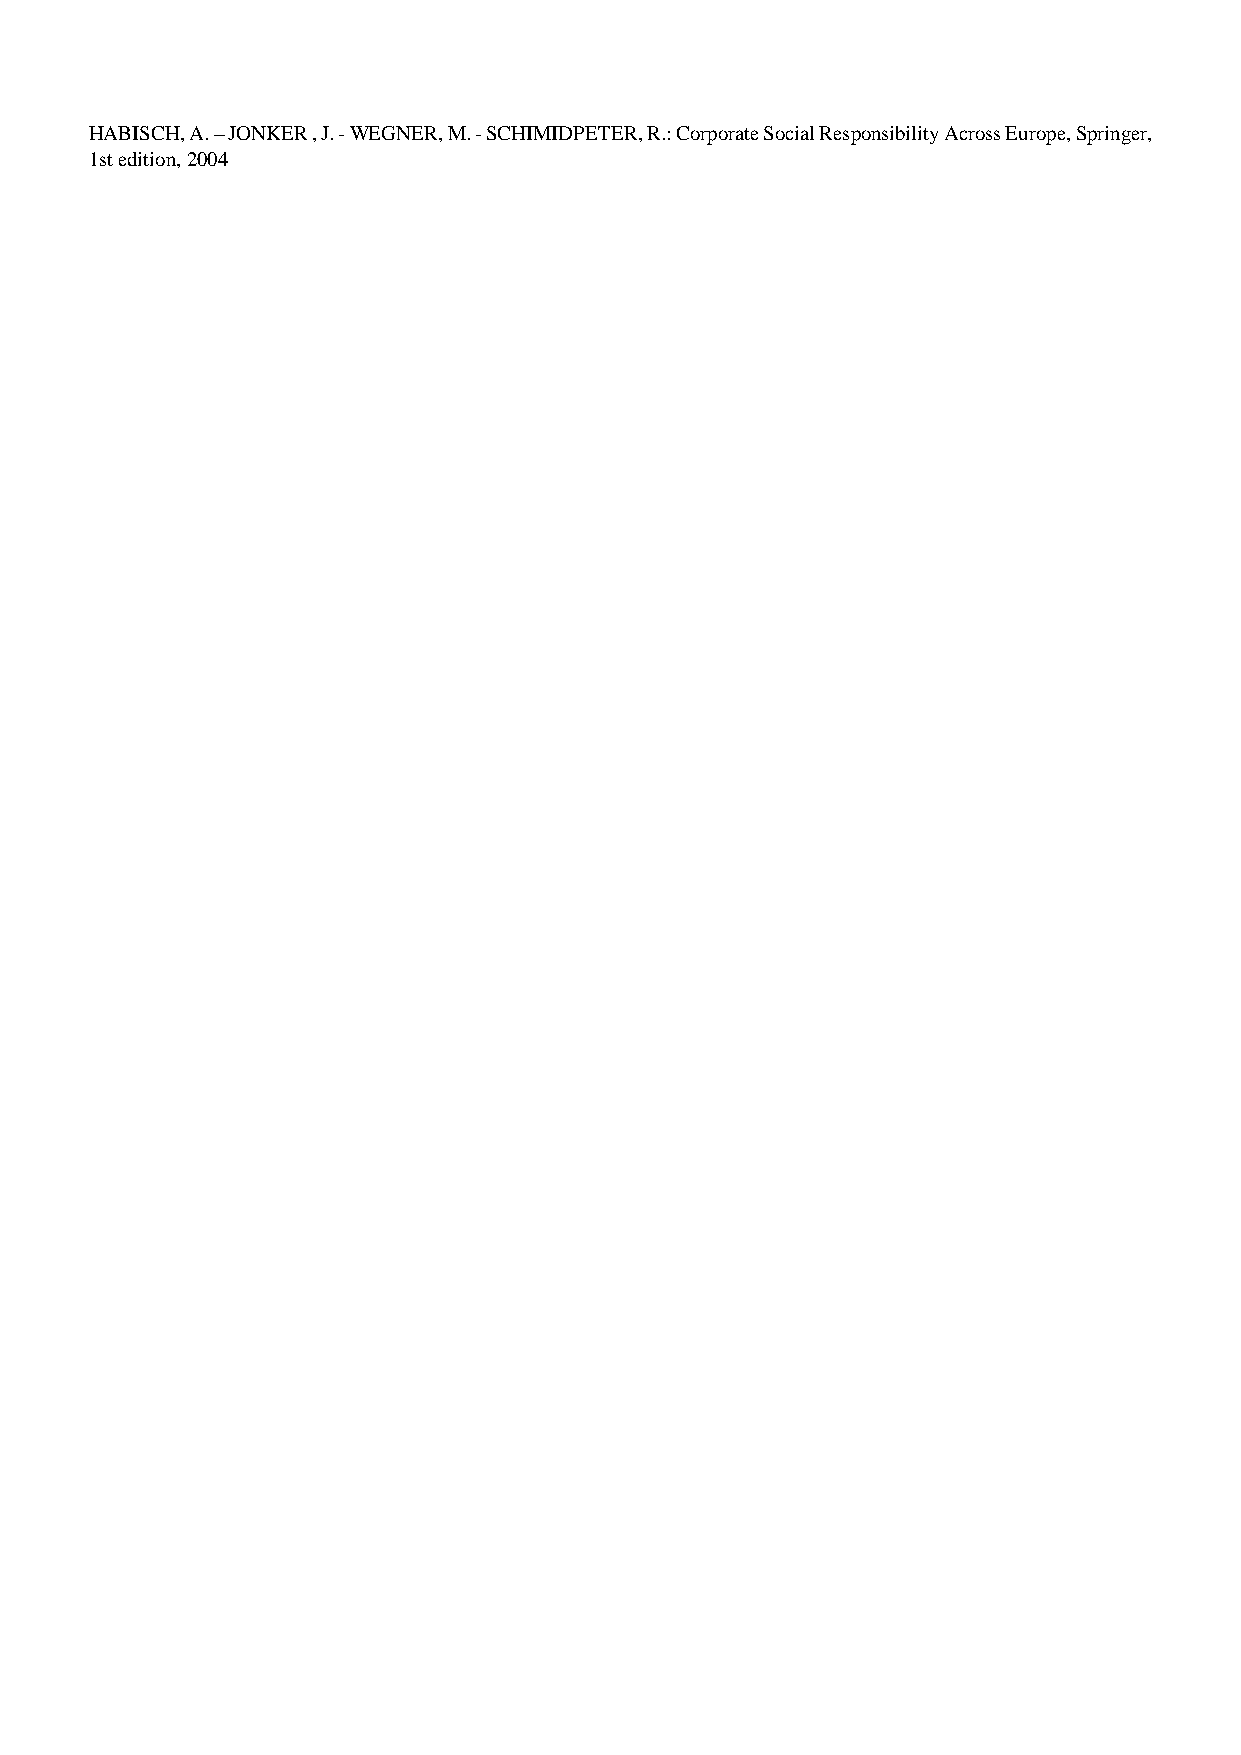
HABISCH, A. – JONKER , J. - WEGNER, M. - SCHIMIDPETER, R.: Corporate Social Responsibility Across Europe, Springer,
 1st edition, 2004